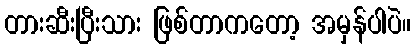
တားဆီးပြီးသား ဖြစ်တာကတော့ အမှန်ပါပဲ။